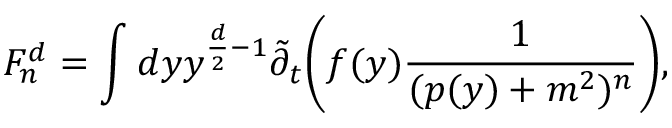
F _ { n } ^ { d } = \int d y y ^ { \frac { d } { 2 } - 1 } { \tilde { \partial } _ { t } } \bigg ( f ( y ) \frac { 1 } { ( p ( y ) + m ^ { 2 } ) ^ { n } } \bigg ) \mathrm { , }